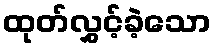
ထုတ်လွှင့်ခဲ့သော